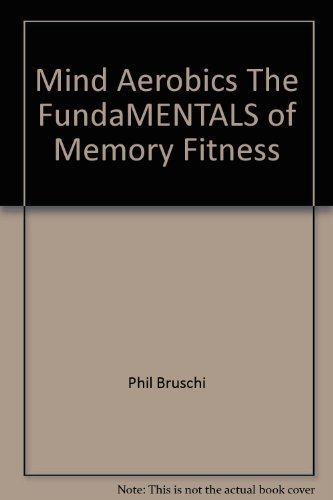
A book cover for Mind Aerobics The FundaMENTALS of Memory Fitness; Phil Bruschi; Health, Fitness & Dieting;